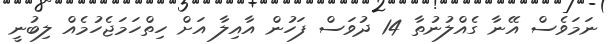
ނަމަވެސް އޭނާ ގެއްލުނުތާ 14 ދުވަސް ފަހުން އާއިލާ އަށް ހިތްހަމަޖެހުމެއް ލިބުނީ